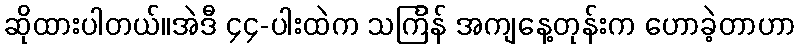
ဆိုထားပါတယ်။အဲဒီ ၄၄-ပါးထဲက သင်္ကြန် အကျနေ့တုန်းက ဟောခဲ့တာဟာ